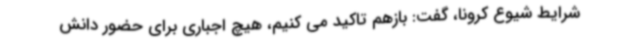
شرایط شیوع کرونا، گفت: بازهم تاکید می کنیم، هیچ اجباری برای حضور دانش